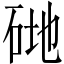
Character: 𥒦